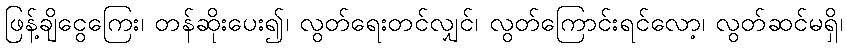
ဖြန့်ချိငွေကြေး၊ တန်ဆိုးပေး၍၊ လွတ်ရေးတင်လျှင်၊ လွတ်ကြောင်းရင်လော့၊ လွတ်ဆင်မရှိ၊